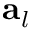
\mathbf { a } _ { l }